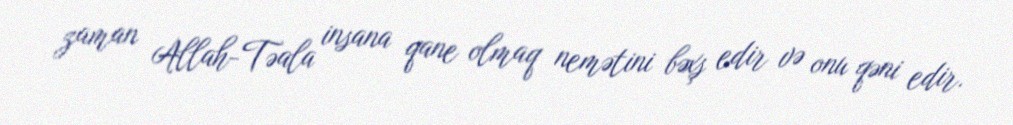
zaman Allah-Təala insana qane olmaq nemətini bəxş edir və onu qəni edir.